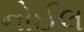
નોઈલ